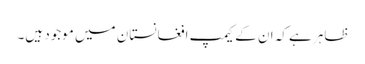
ظاہر ہے کہ ان کے کیمپ افغانستان میں موجود ہیں۔